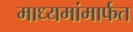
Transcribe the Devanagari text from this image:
माध्यमांमार्फत